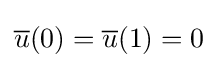
{\overline {u}}(0)={\overline {u}}(1)=0